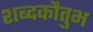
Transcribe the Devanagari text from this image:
शब्दकौतुभ